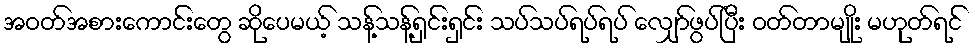
အဝတ်အစားကောင်းတွေ ဆိုပေမယ့် သန့်သန့်ရှင်းရှင်း သပ်သပ်ရပ်ရပ် လျှော်ဖွပ်ပြီး ဝတ်တာမျိုး မဟုတ်ရင်